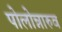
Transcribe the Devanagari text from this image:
पोलोन्नारुव